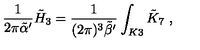
\frac { 1 } { 2 \pi { \tilde { \alpha } } ^ { \prime } } { \tilde { H } } _ { 3 } = \frac { 1 } { ( 2 \pi ) ^ { 3 } { \tilde { \beta } } ^ { \prime } } \int _ { K 3 } { \tilde { K } } _ { 7 } \ ,